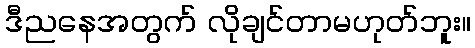
ဒီညနေအတွက် လိုချင်တာမဟုတ်ဘူး။